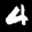
Label: 4